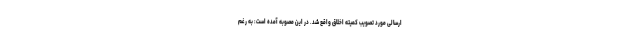
ارسالی مورد تصویب کمیته اخلاق واقع شد. در این مصوبه آمده است: به رغم